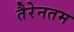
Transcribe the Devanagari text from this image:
तैरेनतम